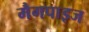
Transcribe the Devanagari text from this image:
मैगपाइज